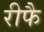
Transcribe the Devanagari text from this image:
रीफै